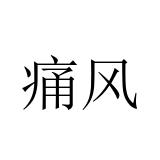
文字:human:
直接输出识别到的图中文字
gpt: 痛风